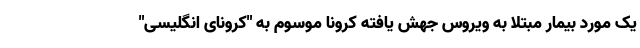
یک مورد بیمار مبتلا به ویروس جهش یافته کرونا موسوم به "کرونای انگلیسی"